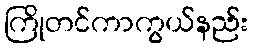
ကြိုတင်ကာကွယ်နည်း